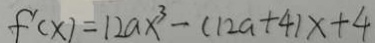
f ^ { \prime } ( x ) = 1 2 a x ^ { 3 } - ( 1 2 a + 4 ) x + 4